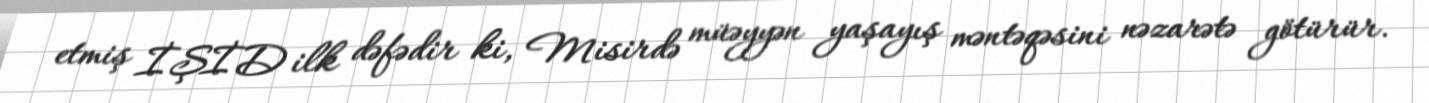
etmiş İŞİD ilk dəfədir ki, Misirdə müəyyən yaşayış məntəqəsini nəzarətə götürür.